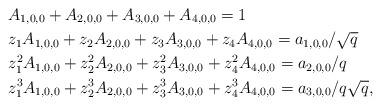
LaTeX: \begin{align*}&A_{1,0,0}+A_{2,0,0}+A_{3,0,0}+A_{4,0,0}=1\\&z_1A_{1,0,0}+z_2A_{2,0,0}+z_3A_{3,0,0}+z_4A_{4,0,0}=a_{1,0,0}/\sqrt{q}\\&z_1^2A_{1,0,0}+z_2^2A_{2,0,0}+z_3^2A_{3,0,0}+z_4^2A_{4,0,0}=a_{2,0,0}/{q}\\&z_1^3A_{1,0,0}+z_2^3A_{2,0,0}+z_3^3A_{3,0,0}+z_4^3A_{4,0,0}=a_{3,0,0}/q\sqrt{q},\end{align*}